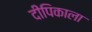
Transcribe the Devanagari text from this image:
दीपिकाला